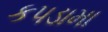
કપડામા